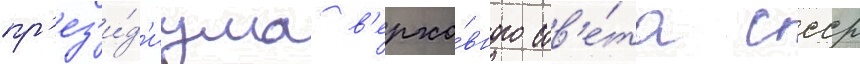
пр'ез'и́д'иума в'ерхо́вного сов'е́та ссср